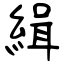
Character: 緝